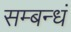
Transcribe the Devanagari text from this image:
सम्बन्धं